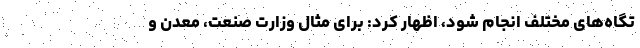
تگاه‌های مختلف انجام شود، اظهار کرد: برای مثال وزارت صنعت، معدن و